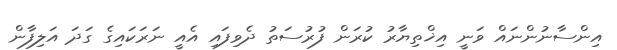
އިންސާނުންނައް ވަނީ އިޚްތިޔާރު ކުރަން ފުރުސަތު ދެވިފައި އެއީ ނަރަކައިގެ ގަދަ އަލިފާން